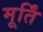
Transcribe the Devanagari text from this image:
मूर्तिं